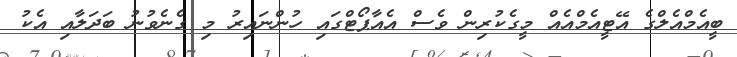
ބީއެމްއެލްގެ އޭޓީއެމްއެއް މީގެކުރިން ވެސް އެއާޕޯޓްގައި ހުންނައިރު މި ގެނެވުނު ބަދަލާއި އެކު